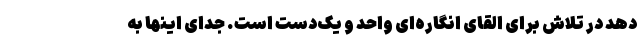
دهد در تلاش برای القای انگاره‌ای واحد و یک‌دست است. جدای اینها به